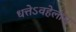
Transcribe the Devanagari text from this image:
धत्तेऽवहेलाम्